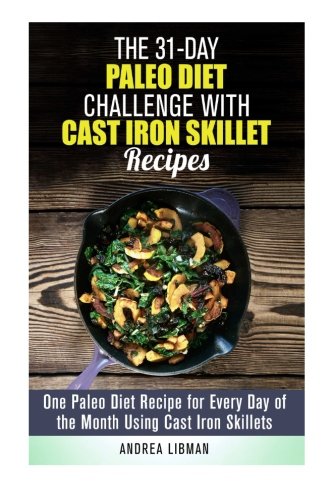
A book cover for The 31-Day Paleo Diet Challenge with Cast Iron Skillet Recipes: One Paleo Diet Recipe for Every Day of the Month Using Cast Iron Skillets (Weight Loss & Diet Plans); Andrea Libman; Cookbooks, Food & Wine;